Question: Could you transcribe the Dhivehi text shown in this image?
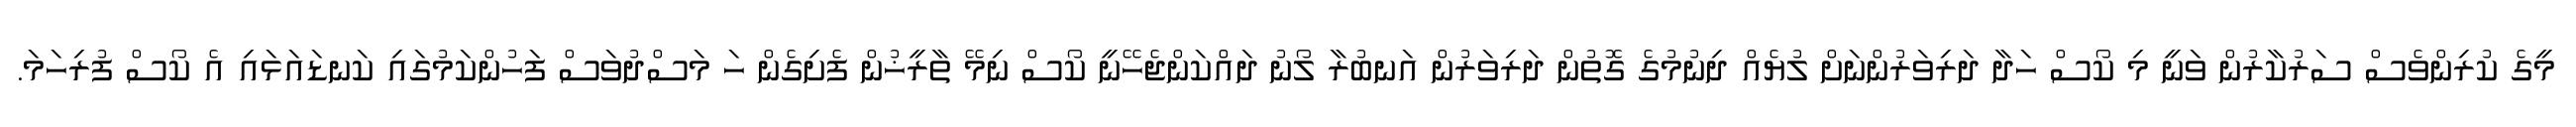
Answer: މީގެ ކުރިންވެސް ސަރުކާރުން ވަނީ މި ކޯސް ހަދާ ދަރިވަރުންނަށް ލުޔެއް ދިނުމުގެ ގޮތުން ދަރިވަރުން އަނބުރާ ލޯނު ދައްކަންޖެހޭނީ ކޯސް ނިމޭ ތާރީޚުން ފެށިގެން ހަ މަސްދުވަސް ފަހުންކަމުގައި ކަނޑައަޅައި އެ ކޯސް ފުރިހަމަ.